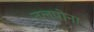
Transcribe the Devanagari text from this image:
तलपोना